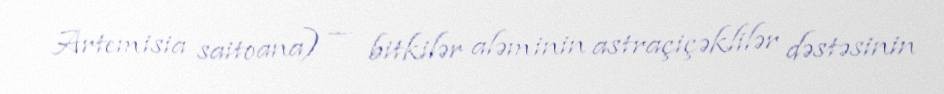
Artemisia saitoana) — bitkilər aləminin astraçiçəklilər dəstəsinin